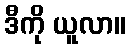
ဒီကို ယူလာ။